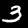
Digit: 3